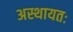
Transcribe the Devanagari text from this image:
अस्थायतः